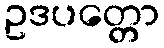
ဥဒပတ္တော